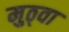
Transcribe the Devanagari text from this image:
मुठ्वा